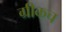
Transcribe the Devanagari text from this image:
ग्रीकच